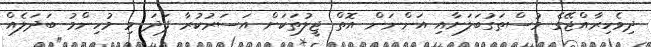
ދިވެހިރާއްޖޭގެ މުސްތަގުބަލަށާއި އަންނަން އޮތް ޖީލުތަކަށް އަސަރުކުރާ ފަދަ މި މުހިންމު ބަދަލެއް